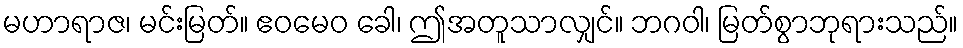
မဟာရာဇ၊ မင်းမြတ်။ ဧဝမေဝ ခေါ၊ ဤအတူသာလျှင်။ ဘဂဝါ၊ မြတ်စွာဘုရားသည်။